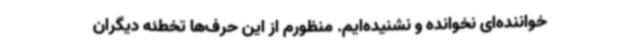
خواننده‌ای نخوانده و نشنیده‌ایم. منظورم از این حرف‌ها تخطئه دیگران